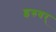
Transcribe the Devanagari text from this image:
इरुवर्